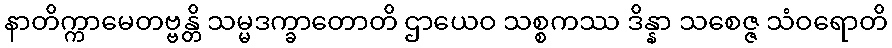
နာတိက္ကာမေတဗ္ဗန္တိ သမ္မဒက္ခာတောတိ ဌာယေဝ သစ္စကဿ ဒိန္နာ သစေဇ္ဇ သံဝရောတိ